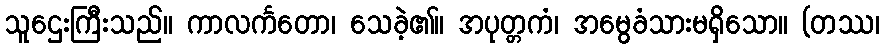
သူဌေးကြီးသည်။ ကာလင်္ကတော၊ သေခဲ့၏။ အပုတ္တကံ၊ အမွေခံသားမရှိသော။ (တဿ၊